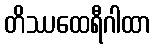
တိဿထေရီဂါထာ